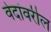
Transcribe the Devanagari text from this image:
वेदांवरील